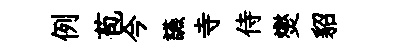
例苞今讌寺侍爕貂